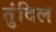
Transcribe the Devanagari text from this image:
तुंदिल